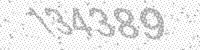
Solution: 134389